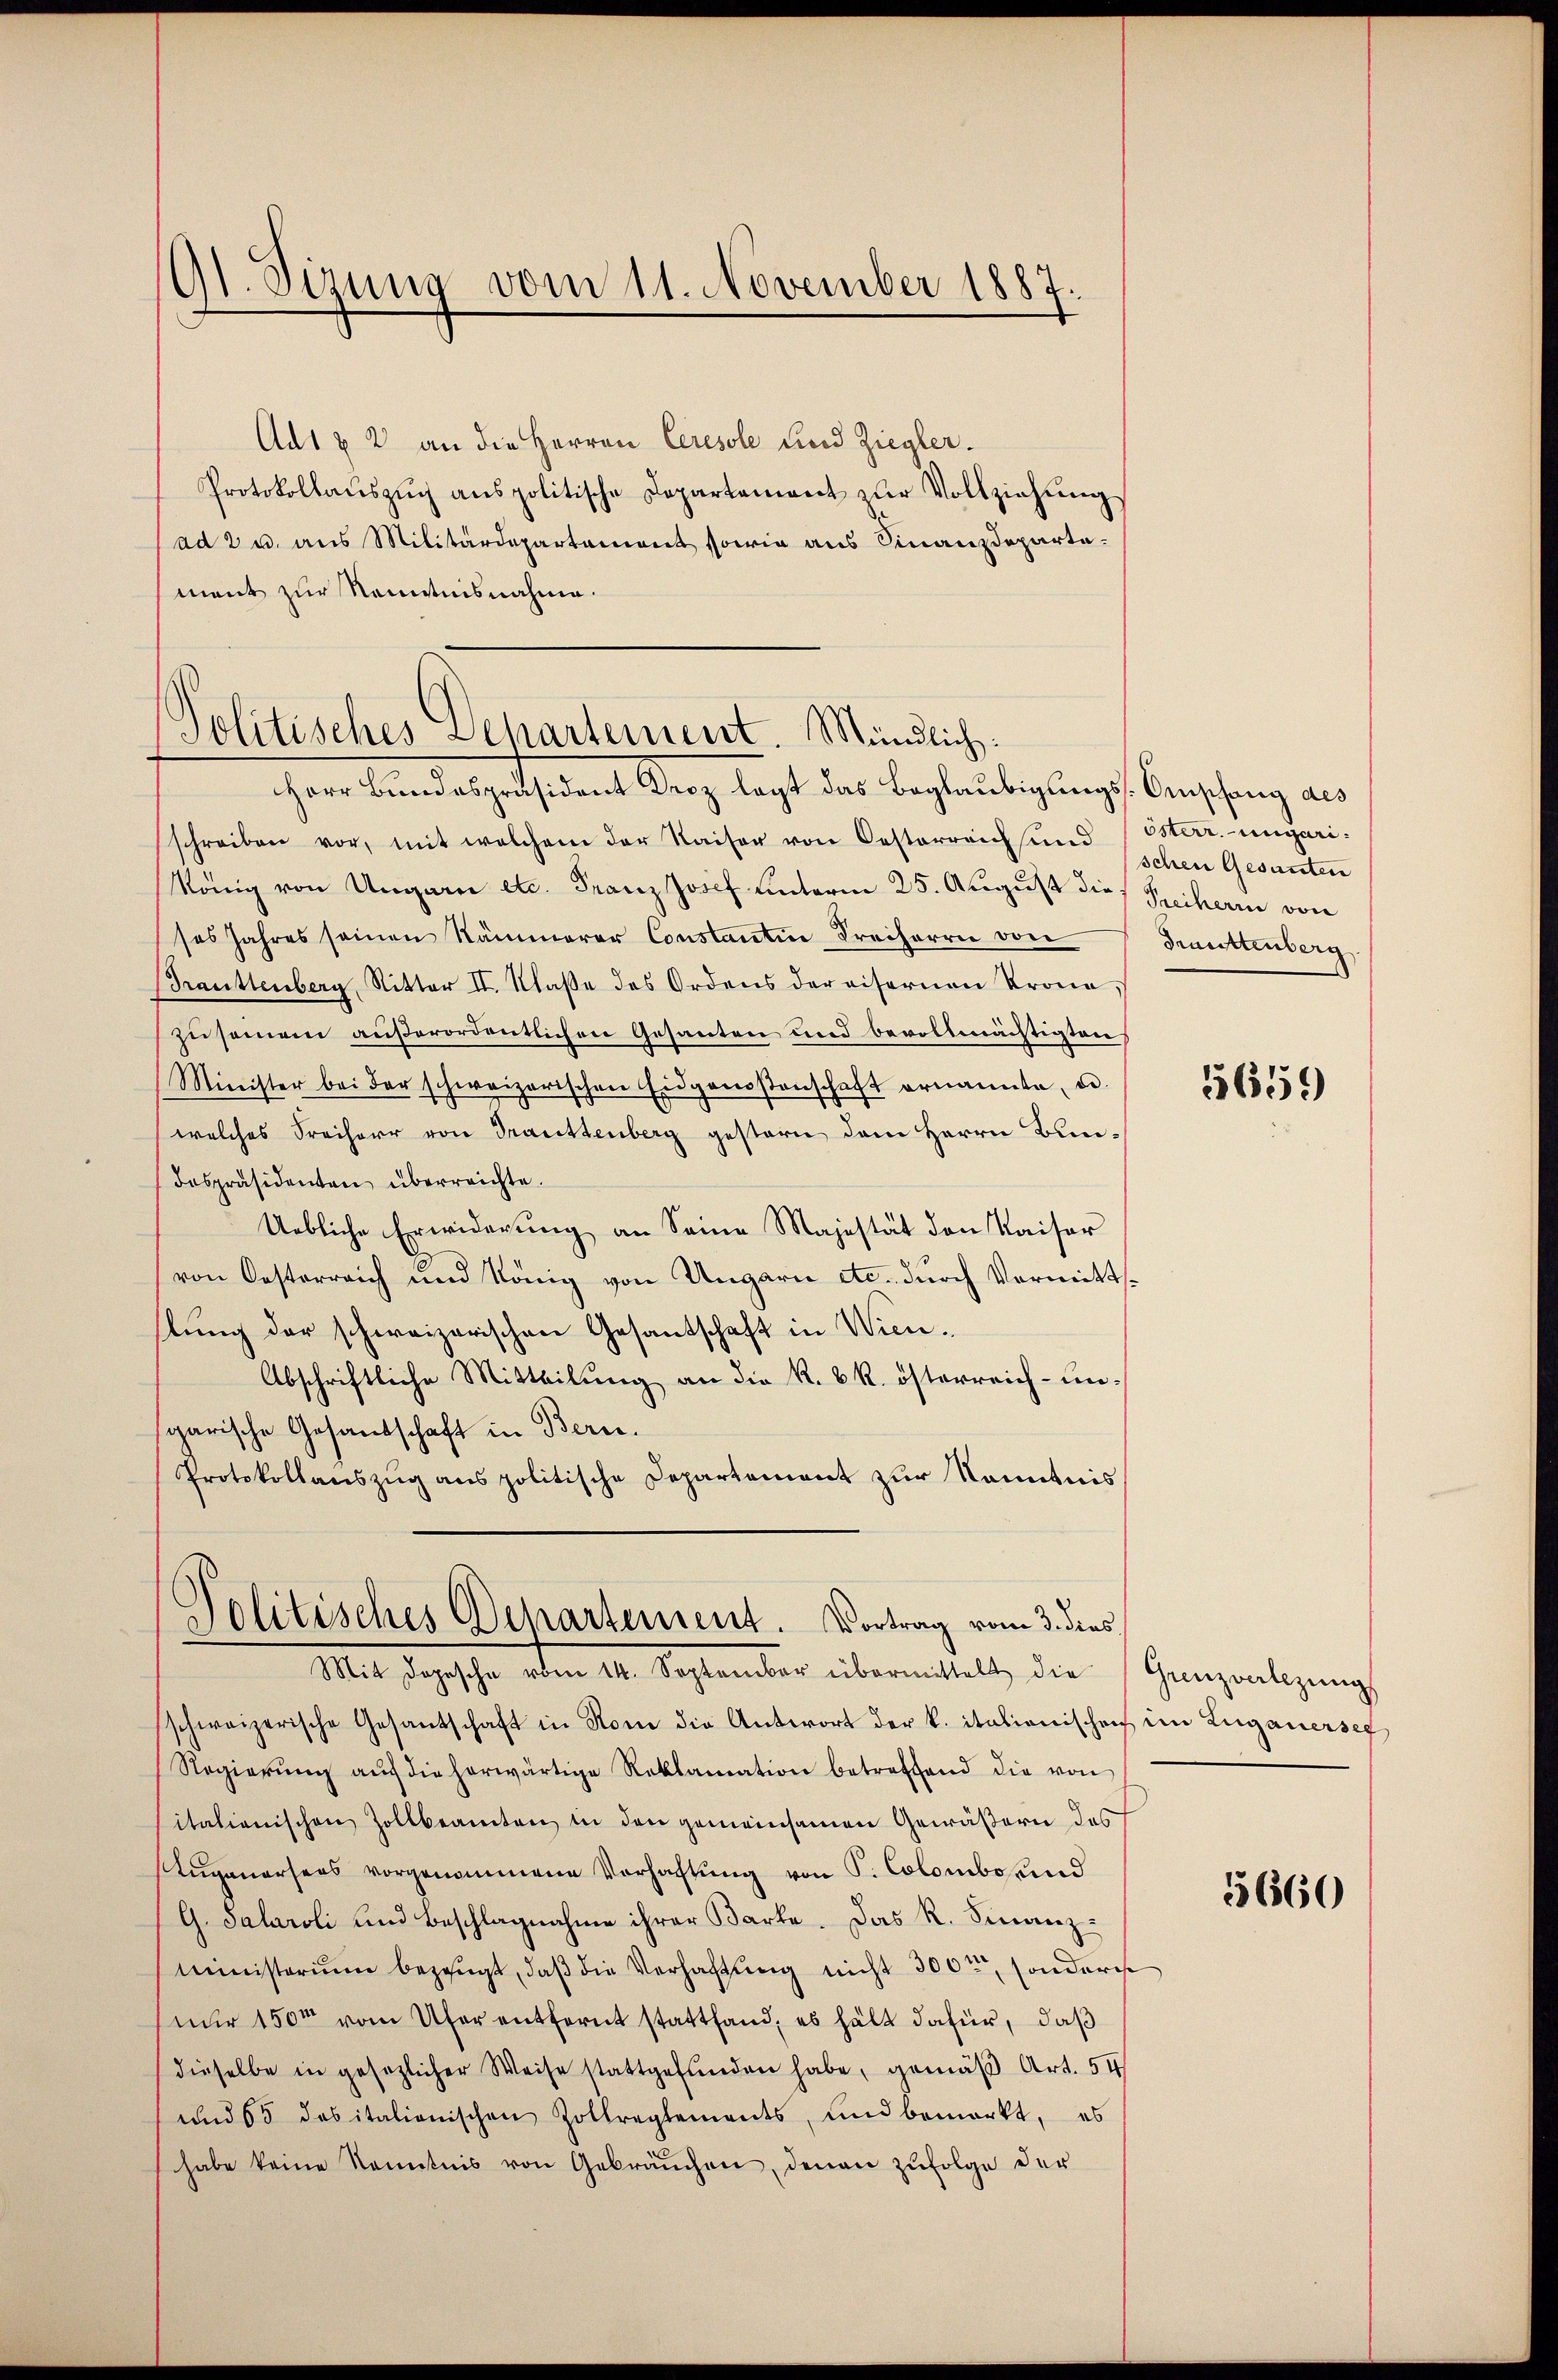
91. Sizung vom 11. November 1887.

Ad1 & 2 an die Herren Ceresole und Ziegler.
Protokollauszug anspolitische Departement zur Vollziehung
(ad 2 u. aus Militärdepartement sowie aus Finanzdeparte.
ment zur Kenntnisnahme.

Politisches Departement. Mündlich:
Herr Bundespräsident Droz legt das Beglaubigungs-Empfang des

schreiben vor, mit welchem der Kaiser von Oesterreich sind
König von Ungarn etc. Franz Josef unterm 25. August die Freiherrn von
ses Jahres seinen Rämmerer Constantin Freiherrn von
Trauttenberg, Ritter II. Klasse des Ordens der eisernen Krone
zusammen außerordentlichen Gesanten und bevollmächtigten
Minister bei der schweizerischen Eidgenoßenschaft ernannte, u.
welches Freiherr von Trauttenberg gestern dem Herrn Bundespräsidenten überreichte.
Uebliche Erwiderung an Seine Majestät den Kaiser
von Oesterreich und König von Ungarn etc. durch Vermittslung der schweizerischen Gesantschaft in Wien¬
Abschriftliche Mitteilung an die k. k. k. österreich- unsgarische Gesandschaft in Bern.
Protokollauszug aus politische Departement zur Kenntnis

Politisches Departement. Vortrag vom 3. dies
Mit Sophische den 21. September übermittelt, die Ganzenlegung

sschweizerische Gesandschaft in Rom die Antwort der k. italionischen im Zuganersez
Regierŭng aŭf die herwärtige Reklamation betreffend die von
itationischen Zollbeamten in den gemeinsamen Gewäßern des
Zŭganarsers vorgenommene Vorhaltŭng von P. Colombo und
G. Salaroli und Beschlagnahme ihrer Barte. Das R. Finanzministerium bezeugt, daß die Verhaftung nicht 300, sondern
nur 150m vom Ufer entfernt stattfand, es hält dafür, daß
dieselbe in gesezlicher Weise stattgefŭnden habe, gemäβ Art. 54
und 65 das italienischen Zollreglements, und bemerkt, es
habe keine Kenntnis von Gebräuchen, denen zufolge der

österr.-ungari
schen Gesanten
Fruuttenberg

5659)

5660